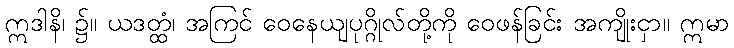
ဣဒါနိ၊ ၌။ ယဒတ္ထံ၊ အကြင် ဝေနေယျပုဂ္ဂိုလ်တို့ကို ဝေဖန်ခြင်း အကျိုးငှာ။ ဣမာ